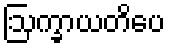
ဩက္ခာယတိပေ